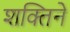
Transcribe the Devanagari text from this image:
शक्तिने